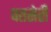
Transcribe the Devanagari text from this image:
वतसेरी